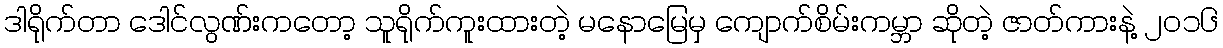
ဒါရိုက်တာ ဒေါင်လွဏ်းကတော့ သူရိုက်ကူးထားတဲ့ မနောမြေမှ ကျောက်စိမ်းကမ္ဘာ ဆိုတဲ့ ဇာတ်ကားနဲ့ ၂၀၁၆